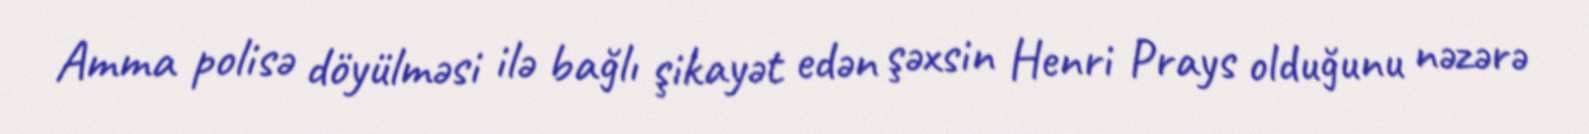
Amma polisə döyülməsi ilə bağlı şikayət edən şəxsin Henri Prays olduğunu nəzərə